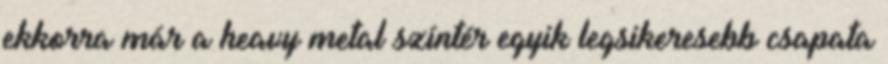
ekkorra már a heavy metal színtér egyik legsikeresebb csapata